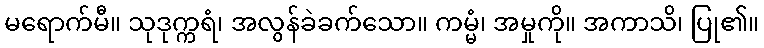
မရောက်မီ။ သုဒုက္ကရံ၊ အလွန်ခဲခက်သော။ ကမ္မံ၊ အမှုကို။ အကာသိ၊ ပြု၏။